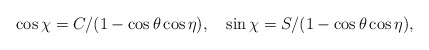
\begin{align*}\cos{\chi}=C/(1-\cos{\theta}\cos{\eta}), \quad \sin{\chi}=S/(1-\cos{\theta}\cos{\eta}),\end{align*}